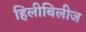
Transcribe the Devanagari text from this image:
हिलीबिलीज